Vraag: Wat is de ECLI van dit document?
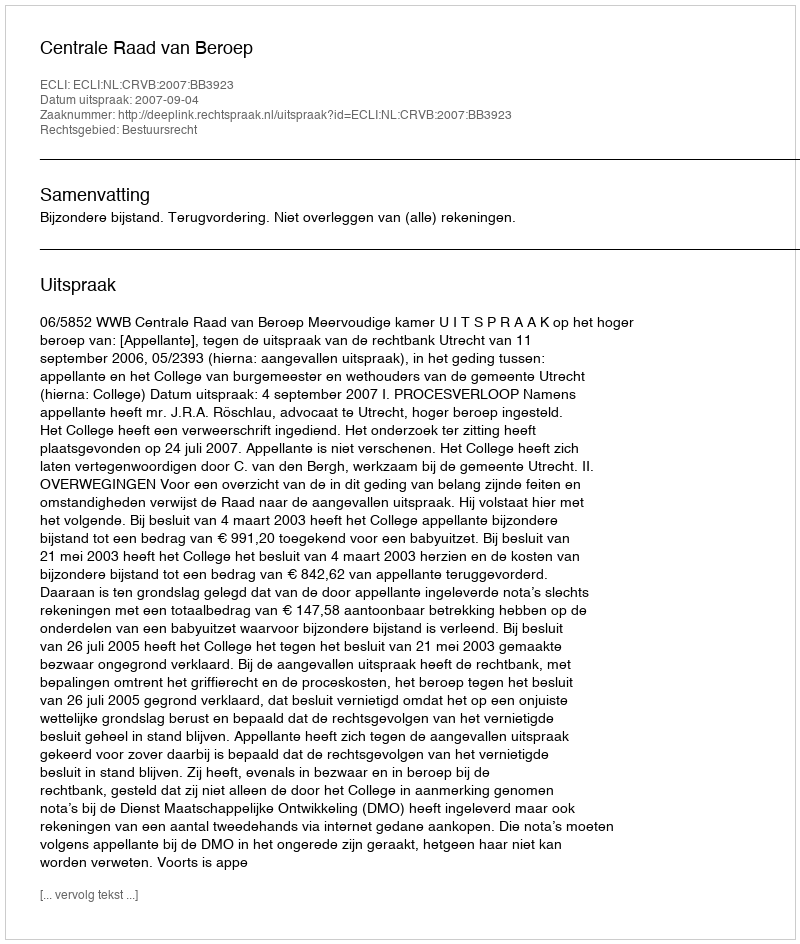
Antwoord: ECLI:NL:CRVB:2007:BB3923